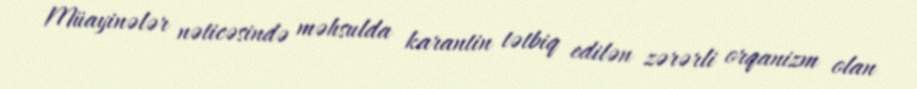
Müayinələr nəticəsində məhsulda karantin tətbiq edilən zərərli orqanizm olan